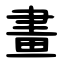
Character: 畫